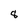
Character: 8